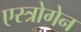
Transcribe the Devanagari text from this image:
एस्त्रोगेन